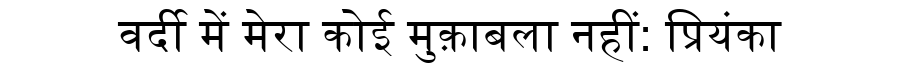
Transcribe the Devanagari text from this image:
वर्दी में मेरा कोई मुक़ाबला नहीं: प्रियंका